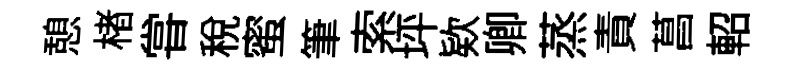
憩楮甞税蜜筆索坪欵卿蒸責菖軺